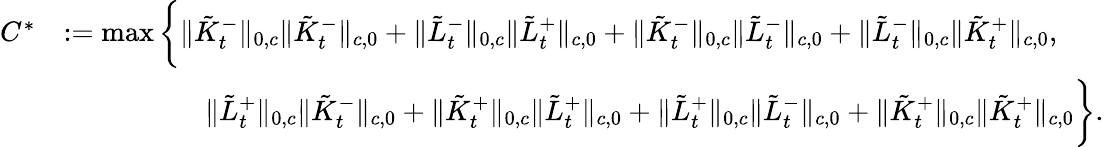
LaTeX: \begin{array}{rl}{C^{*}}&{:=\operatorname*{max}\bigg\{ \| \tilde{K}_{t}^{-}\| _{0,c}\| \tilde{K}_{t}^{-}\| _{c,0}+\| \tilde{L}_{t}^{-}\| _{0,c}\| \tilde{L}_{t}^{+}\| _{c,0}+\| \tilde{K}_{t}^{-}\| _{0,c}\| \tilde{L}_{t}^{-}\| _{c,0}+\| \tilde{L}_{t}^{-}\| _{0,c}\| \tilde{K}_{t}^{+}\| _{c,0},}\\ &{\qquad\qquad\quad\| \tilde{L}_{t}^{+}\| _{0,c}\| \tilde{K}_{t}^{-}\| _{c,0}+\| \tilde{K}_{t}^{+}\| _{0,c}\| \tilde{L}_{t}^{+}\| _{c,0}+\| \tilde{L}_{t}^{+}\| _{0,c}\| \tilde{L}_{t}^{-}\| _{c,0}+\| \tilde{K}_{t}^{+}\| _{0,c}\| \tilde{K}_{t}^{+}\| _{c,0}\bigg\} .}\end{array}